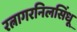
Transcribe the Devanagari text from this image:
रत्नागरनिलसिंधू